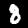
Label: 8